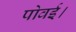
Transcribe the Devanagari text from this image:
पोवई।